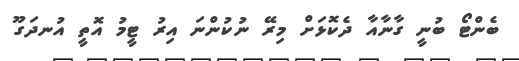
ބެންޓޯ ބުނީ ގާނާއާ ދެކޮޅަށް މިރޭ ނުކުންނަ އިރު ޓީމު އޮތީ އުނދަގޫ